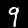
Digit: 9